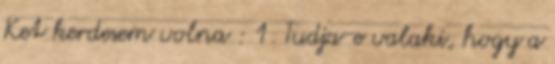
Ket kerdesem volna : 1. Tudja-e valaki, hogy a